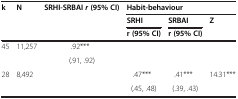
<table><thead><tr><td rowspan="3"><b>k</b></td><td rowspan="3"><b>N</b></td><td rowspan="3"><b>SRHI-SRBAI <i>r </i>(95% CI)</b></td><td colspan="3"><b>Habit-behaviour</b></td></tr><tr><td><b>SRHI</b></td><td><b>SRBAI</b></td><td rowspan="2"><b>Z</b></td></tr><tr><td><b>r (95% CI)</b></td><td><b>r (95% CI)</b></td></tr></thead><tbody><tr><td rowspan="2">45</td><td rowspan="2">11,257</td><td>.92***</td><td rowspan="2"> </td><td rowspan="2"> </td><td rowspan="2"> </td></tr><tr><td>(.91, .92)</td></tr><tr><td rowspan="2">28</td><td rowspan="2">8,492</td><td rowspan="2"> </td><td>.47***</td><td>.41***</td><td rowspan="2">14.31***</td></tr><tr><td> (.45, .48)</td><td> (.39, .43)</td></tr></tbody></table>